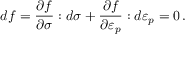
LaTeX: d f = { \frac { \partial f } { \partial { \boldsymbol { \sigma } } } } : d { \boldsymbol { \sigma } } + { \frac { \partial f } { \partial { \boldsymbol { \varepsilon } } _ { p } } } : d { \boldsymbol { \varepsilon } } _ { p } = 0 \, .